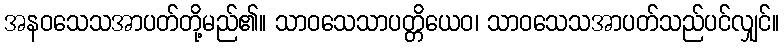
အနဝသေသအာပတ်တို့မည်၏။ သာဝသေသာပတ္တိယေဝ၊ သာဝသေသအာပတ်သည်ပင်လျှင်။